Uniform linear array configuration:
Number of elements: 16
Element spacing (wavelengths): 0.75
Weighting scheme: blackman
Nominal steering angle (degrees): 15
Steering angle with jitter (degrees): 14.624
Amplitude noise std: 0.05
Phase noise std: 0.05

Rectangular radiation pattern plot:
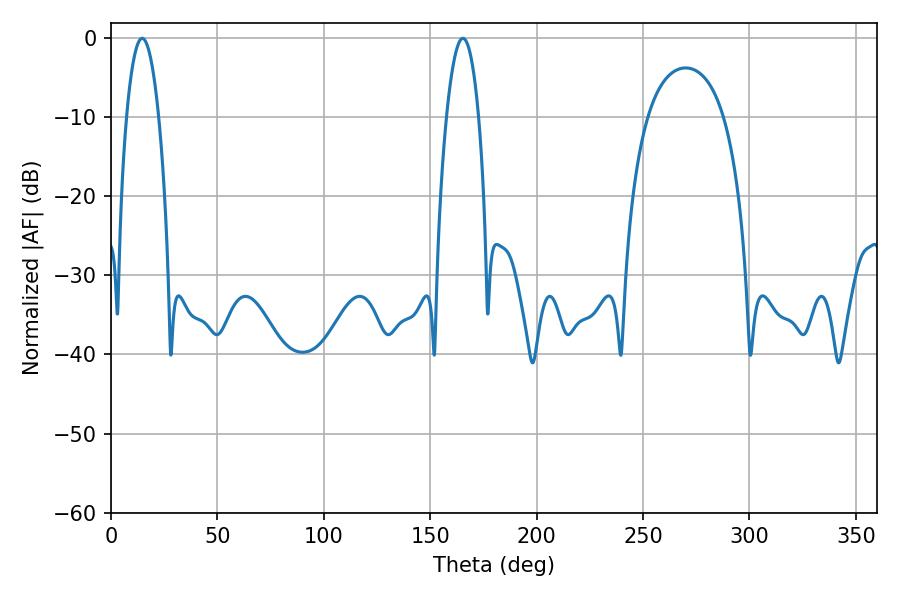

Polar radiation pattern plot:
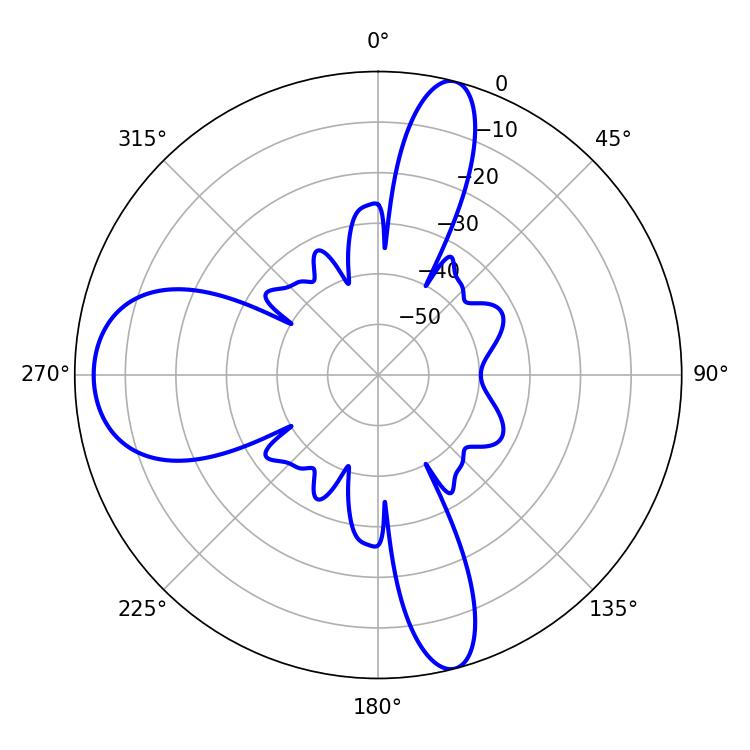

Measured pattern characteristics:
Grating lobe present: TRUE
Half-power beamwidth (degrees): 8.46
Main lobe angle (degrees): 14.58